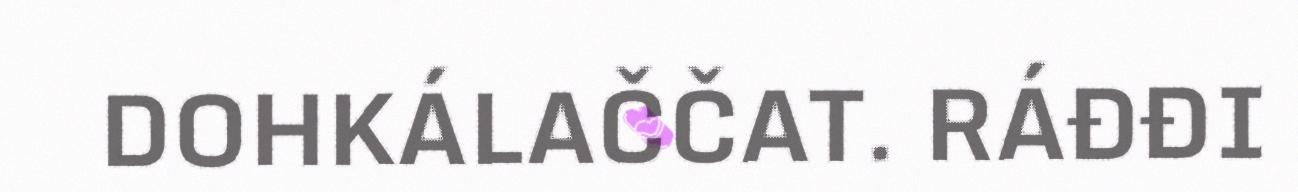
DOHKÁLAČČAT. RÁĐĐI